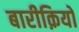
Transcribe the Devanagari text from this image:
बारीक़ियों